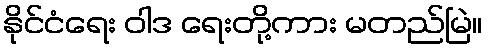
နိုင်ငံရေး ဝါဒ ရေးတို့ကား မတည်မြဲ။